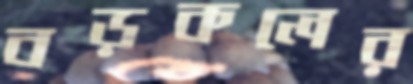
বড়কলের